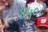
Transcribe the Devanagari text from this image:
४५०८